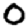
Digit: 0